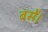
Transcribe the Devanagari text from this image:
बसें।